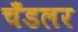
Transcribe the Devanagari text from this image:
चँडलर